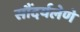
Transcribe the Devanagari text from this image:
सौंदर्यलेणे